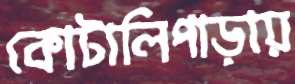
কোটালিপাড়ায়